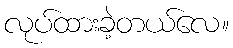
လုပ်ထားခဲ့တယ်လေ။